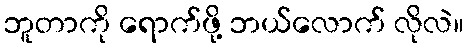
ဘူတာကို ရောက်ဖို့ ဘယ်လောက် လိုလဲ။